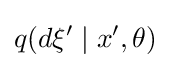
q(d\xi '\mid x',\theta )